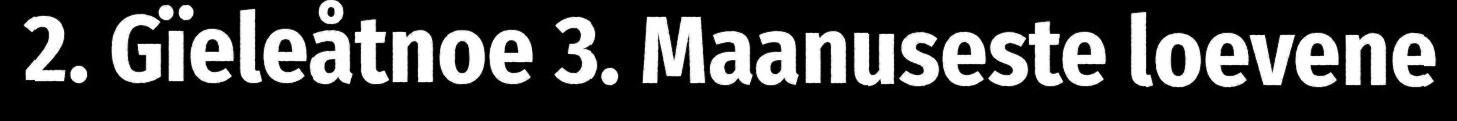
2. Gïeleåtnoe 3. Maanuseste loevene